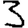
Digit: 3